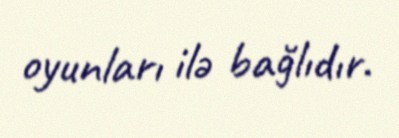
oyunları ilə bağlıdır.